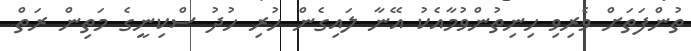
ތުންފަތަށް ވެރިވި ހިނިތުންވުމާއެކު އޭނާ ލައިގެން ހުރި ހުދު ސްކިނީގެ މަތިން ރަތް